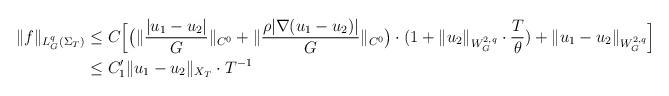
LaTeX: \begin{align*} \|f\|_{L^q_G(\Sigma_T)} & \leq C \Big[ \big(\| \frac{|u_1 - u_2|}{G}\|_{C^0} + \|\frac{\rho |\nabla(u_1 - u_2)|}{G}\|_{C^0} \big)\cdot (1+ \|u_2\|_{W_G^{2,q}}\cdot \frac{T}{\theta}) + \|u_1 - u_2\|_{W_G^{2,q}} \Big] \\ & \leq C_1'\|u_1 - u_2\|_{X_T}\cdot T^{-1} \end{align*}